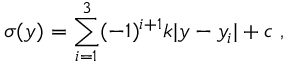
\sigma ( y ) = \sum _ { i = 1 } ^ { 3 } ( - 1 ) ^ { i + 1 } k | y - y _ { i } | + c ~ , ~ \,